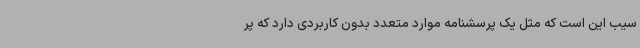
سیب این است که مثل یک پرسشنامه موارد متعدد بدون کاربردی دارد که پر